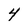
Character: 4